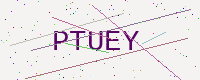
Text: PTUEY